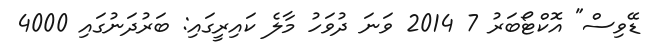
ޑޭވިސް" އޮކްޓޯބަރު 7 2014 ވަނަ ދުވަހު މާލެ ކައިރީގައި: ބަރުދަނުގައި 4000